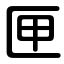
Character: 匣